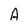
Character: A